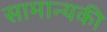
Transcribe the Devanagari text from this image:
सामान्यकी